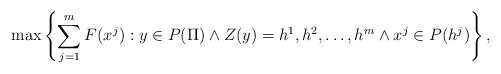
LaTeX: \begin{align*} \max \left\{ \sum_{j=1}^m F(x^j) : y \in P(\Pi) \land Z(y) = h^1, h^2, \ldots, h^m \land x^j \in P(h^j) \right\},\end{align*}